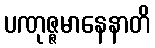
ပဏုဇ္ဇမာနေနာတိ